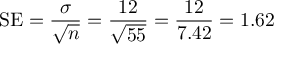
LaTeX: \mathrm { S E } = { \frac { \sigma } { \sqrt { n } } } = { \frac { 1 2 } { \sqrt { 5 5 } } } = { \frac { 1 2 } { 7 . 4 2 } } = 1 . 6 2 \,